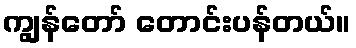
ကျွန်တော် တောင်းပန်တယ်။